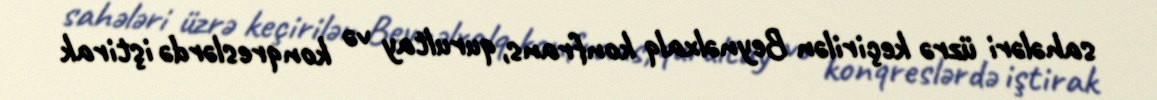
sahələri üzrə keçirilən Beynəlxalq konfrans, qurultay və konqreslərdə iştirak